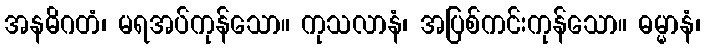
အနဓိဂတံ၊ မရအပ်ကုန်သော။ ကုသလာနံ၊ အပြစ်ကင်းကုန်သော။ ဓမ္မာနံ၊